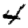
Digit: 4